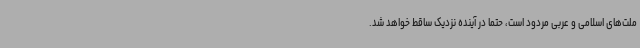
ملت‌های اسلامی و عربی مردود است، حتماً در آینده نزدیک ساقط خواهد شد.